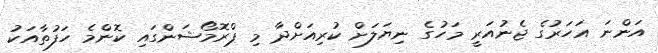
އަންނަ އަހަރުގެ ޖެނުއަރީ މަހުގެ ނިޔަލަށް ކުރިއަށްދާ މި ޕްރޮމޯޝަންގައި ކޮންމެ ހަފުތާއަކު